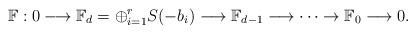
LaTeX: \begin{align*}\mathbb{F}: 0 \longrightarrow \mathbb{F}_d=\oplus_{i=1}^rS(-b_i) \longrightarrow \mathbb{F}_{d-1}\longrightarrow \cdots \rightarrow \mathbb{F}_0 \longrightarrow 0.\end{align*}